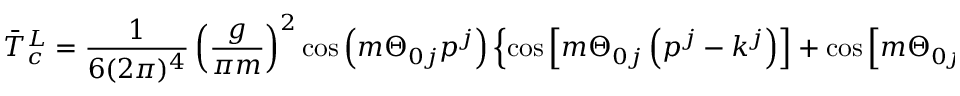
{ \bar { T } } _ { c } ^ { L } = \frac { 1 } { 6 ( 2 \pi ) ^ { 4 } } \left( \frac { g } { \pi m } \right) ^ { 2 } \cos \left( m \Theta _ { 0 j } p ^ { j } \right) \left\{ \cos \left[ m \Theta _ { 0 j } \left( p ^ { j } - k ^ { j } \right) \right] + \cos \left[ m \Theta _ { 0 j } \left( p ^ { j } - k ^ { \prime } \, ^ { j } \right) \right] \right\} .